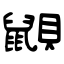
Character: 鼰